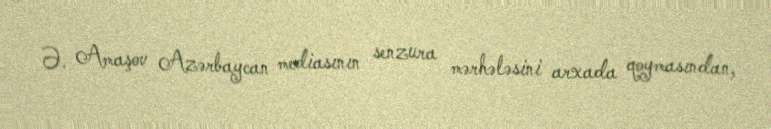
Ə. Amaşov Azərbaycan mediasının senzura mərhələsini arxada qoymasından,